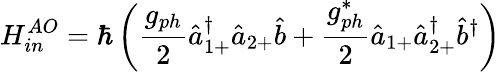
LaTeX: H_{in}^{AO}=\hbar\left(\frac{g_{ph}}{2}\hat{a}_{1+}^{\dagger}\hat{a}_{2+}\hat{b}+\frac{g_{ph}^{*}}{2}\hat{a}_{1+}\hat{a}_{2+}^{\dagger}\hat{b}^{\dagger}\right)